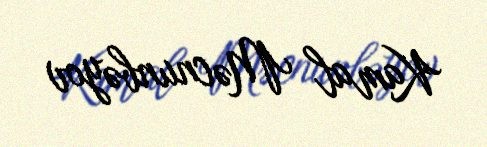
Kamal Məcnunbəyov